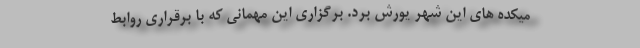
میکده های این شهر یورش برد. برگزاری این مهمانی که با برقراری روابط